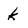
Character: k